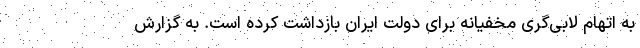
به اتهام لابی‌گری مخفیانه برای دولت ایران بازداشت کرده است. به گزارش